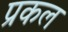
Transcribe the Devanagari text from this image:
प्रकल